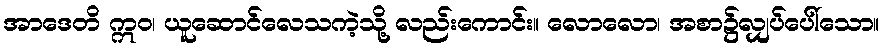
အာဒေတိ ဣဝ၊ ယူဆောင်လေသကဲ့သို့ လည်းကောင်း။ လောလော၊ အစာ၌လျှပ်ပေါ်သော။